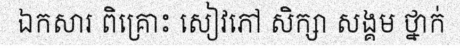
ឯកសារ ពិគ្រោះ សៀវភៅ សិក្សា សង្គម ថ្នាក់